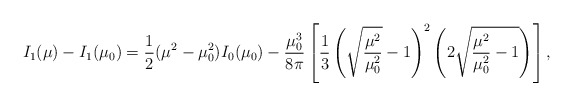
\begin{align*}I_1(\mu)-I_1(\mu_0)={1\over 2}(\mu^2-\mu_0^2)I_0(\mu_0) - \frac {\mu_0^3}{8 \pi} \left[ {1\over 3} \left( \sqrt{\frac {\mu^2} {\mu_0^2}} -1\right)^2\left( 2 \sqrt{\frac {\mu^2} {\mu_0^2} -1} \right) \right],\end{align*}